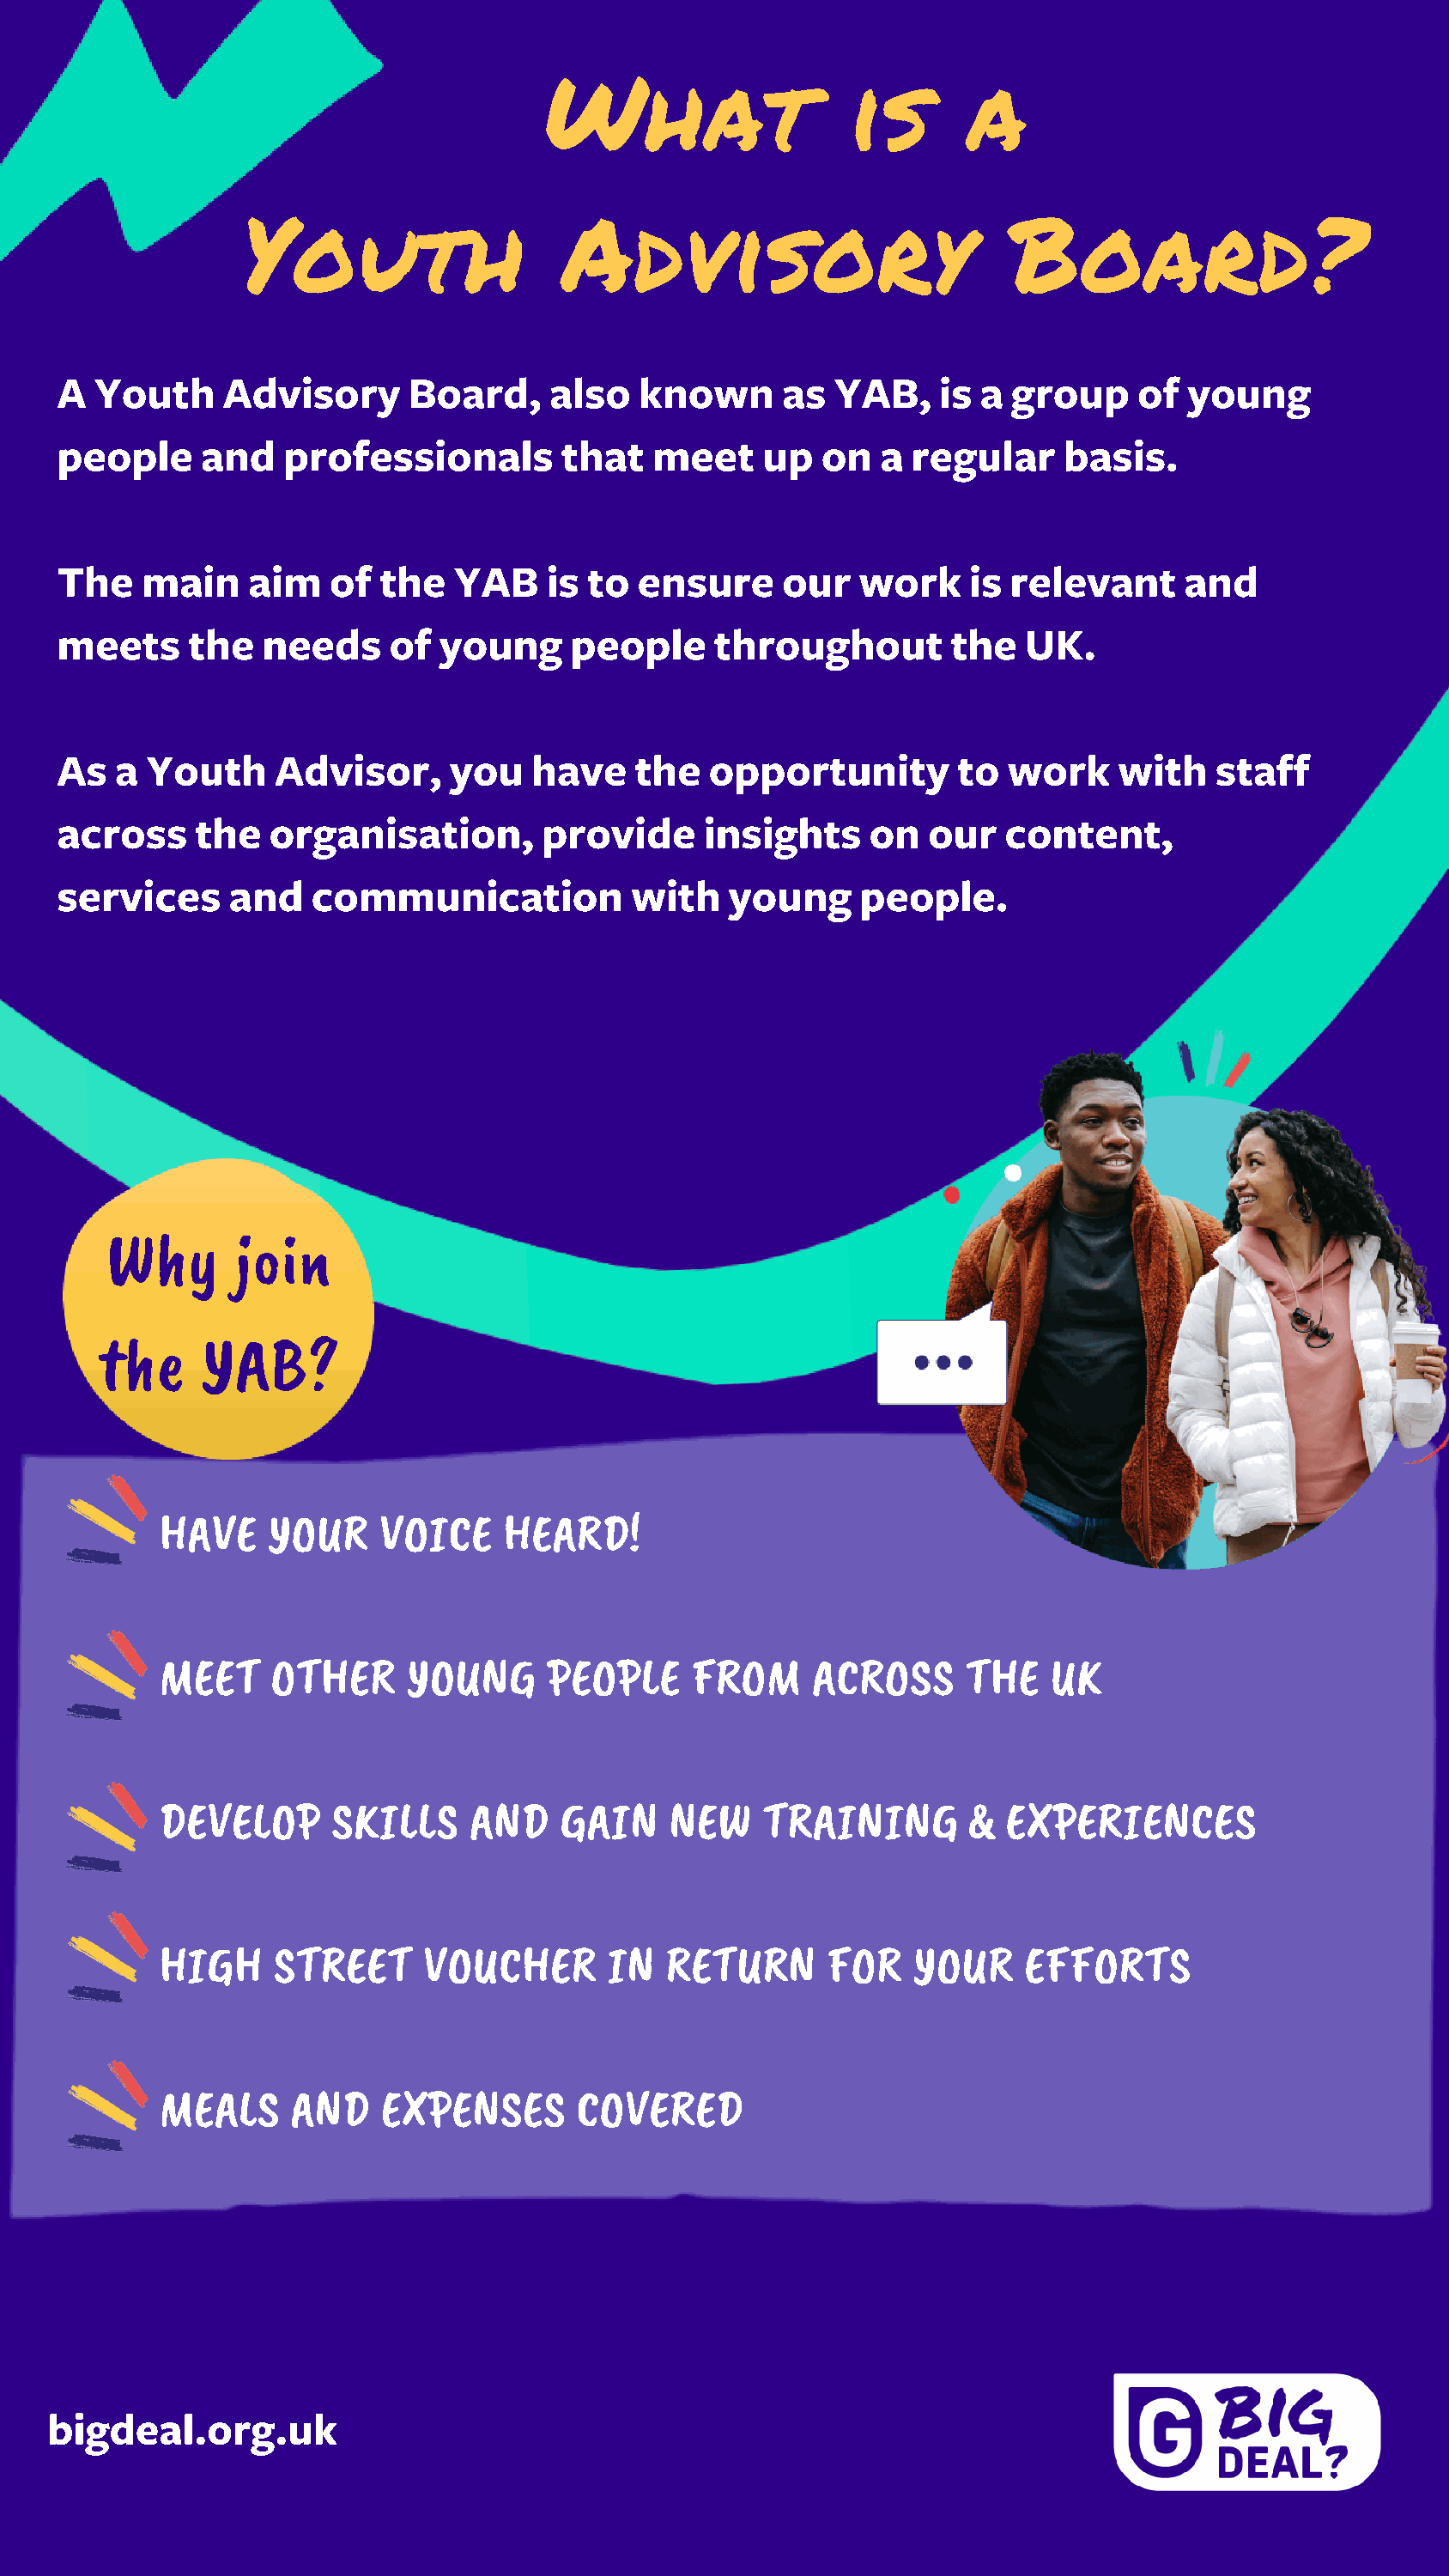
What                    is       a
 Youth                   Advisory                           Board?
 A  Youth     Advisory      Board,     also   known      as  YAB,    is  a group     of  young
 people     and    professionals        that   meet     up  on   a regular     basis.
 The    main    aim   of  the   YAB    is to  ensure     our   work     is relevant     and
 meets      the  needs     of  young     people     throughout        the   UK.
 As   a Youth     Advisor,      you   have    the   opportunity        to  work    with    staff
 across     the   organisation,        provide     insights     on   our  content,
 services      and   communication            with   young     people.
 Why       join
 the    YAB?
 HAVE     YOUR    VOICE     HEARD!
 MEET     OTHER     YOUNG      PEOPLE     FROM      ACROSS     THE    UK
 DEVELOP       SKILLS    AND    GAIN     NEW    TRAINING        &  EXPERIENCES
 HIGH     STREET      VOUCHER       IN  RETURN       FOR   YOUR     EFFORTS
 MEALS     AND    EXPENSES       COVERED
 bigdeal.org.uk